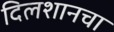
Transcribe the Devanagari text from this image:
दिलशानचा